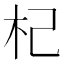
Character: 杞